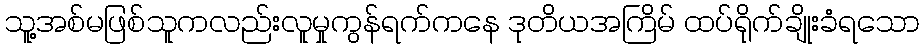
သူ့အစ်မဖြစ်သူကလည်းလူမှုကွန်ရက်ကနေ ဒုတိယအကြိမ် ထပ်ရိုက်ချိုးခံရသော